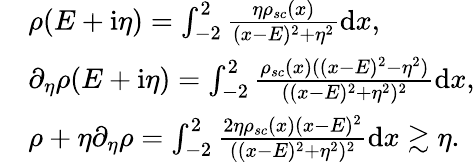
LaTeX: \begin{array}{rl}&{\rho(E+\mathrm{i}\eta)=\int_{-2}^{2}\frac{\eta\rho_{sc}(x)}{(x-E)^{2}+\eta^{2}}\mathrm{d}x,}\\ &{\partial_{\eta}\rho(E+\mathrm{i}\eta)=\int_{-2}^{2}\frac{\rho_{sc}(x)((x-E)^{2}-\eta^{2})}{((x-E)^{2}+\eta^{2})^{2}}\mathrm{d}x,}\\ &{\rho+\eta\partial_{\eta}\rho=\int_{-2}^{2}\frac{2\eta\rho_{sc}(x)(x-E)^{2}}{((x-E)^{2}+\eta^{2})^{2}}\mathrm{d}x\gtrsim\eta.}\end{array}